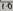
Text: 10